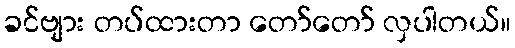
ခင်ဗျား တပ်ထားတာ တော်တော် လှပါတယ်။